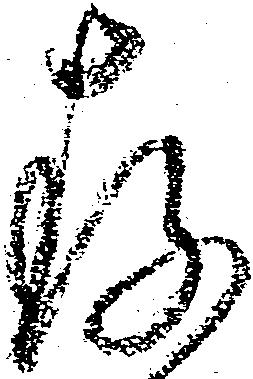
存